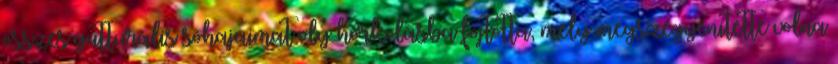
összes gutturális sóhajaimat oly horkolásba fojtotta, mely megszégyenítette volna